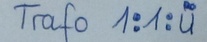
Text: Trafo 1:1:u